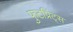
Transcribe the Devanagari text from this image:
फुटप्रिंट्स